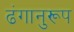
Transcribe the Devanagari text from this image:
ढंगानुरूप